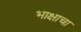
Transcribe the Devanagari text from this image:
भाक्षाचा